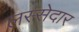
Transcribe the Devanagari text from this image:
लस्सेदार